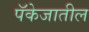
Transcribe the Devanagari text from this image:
पॅकेजातील